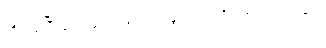
ဆိုအပ်ပြီးသောနည်းဖြင့်သာလျှင်။ ဝေဒိတဗ္ဗံ၊ သိအပ်၏။